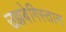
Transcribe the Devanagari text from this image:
उझबेगिस्तान